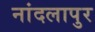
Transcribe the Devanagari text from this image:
नांदलापुर